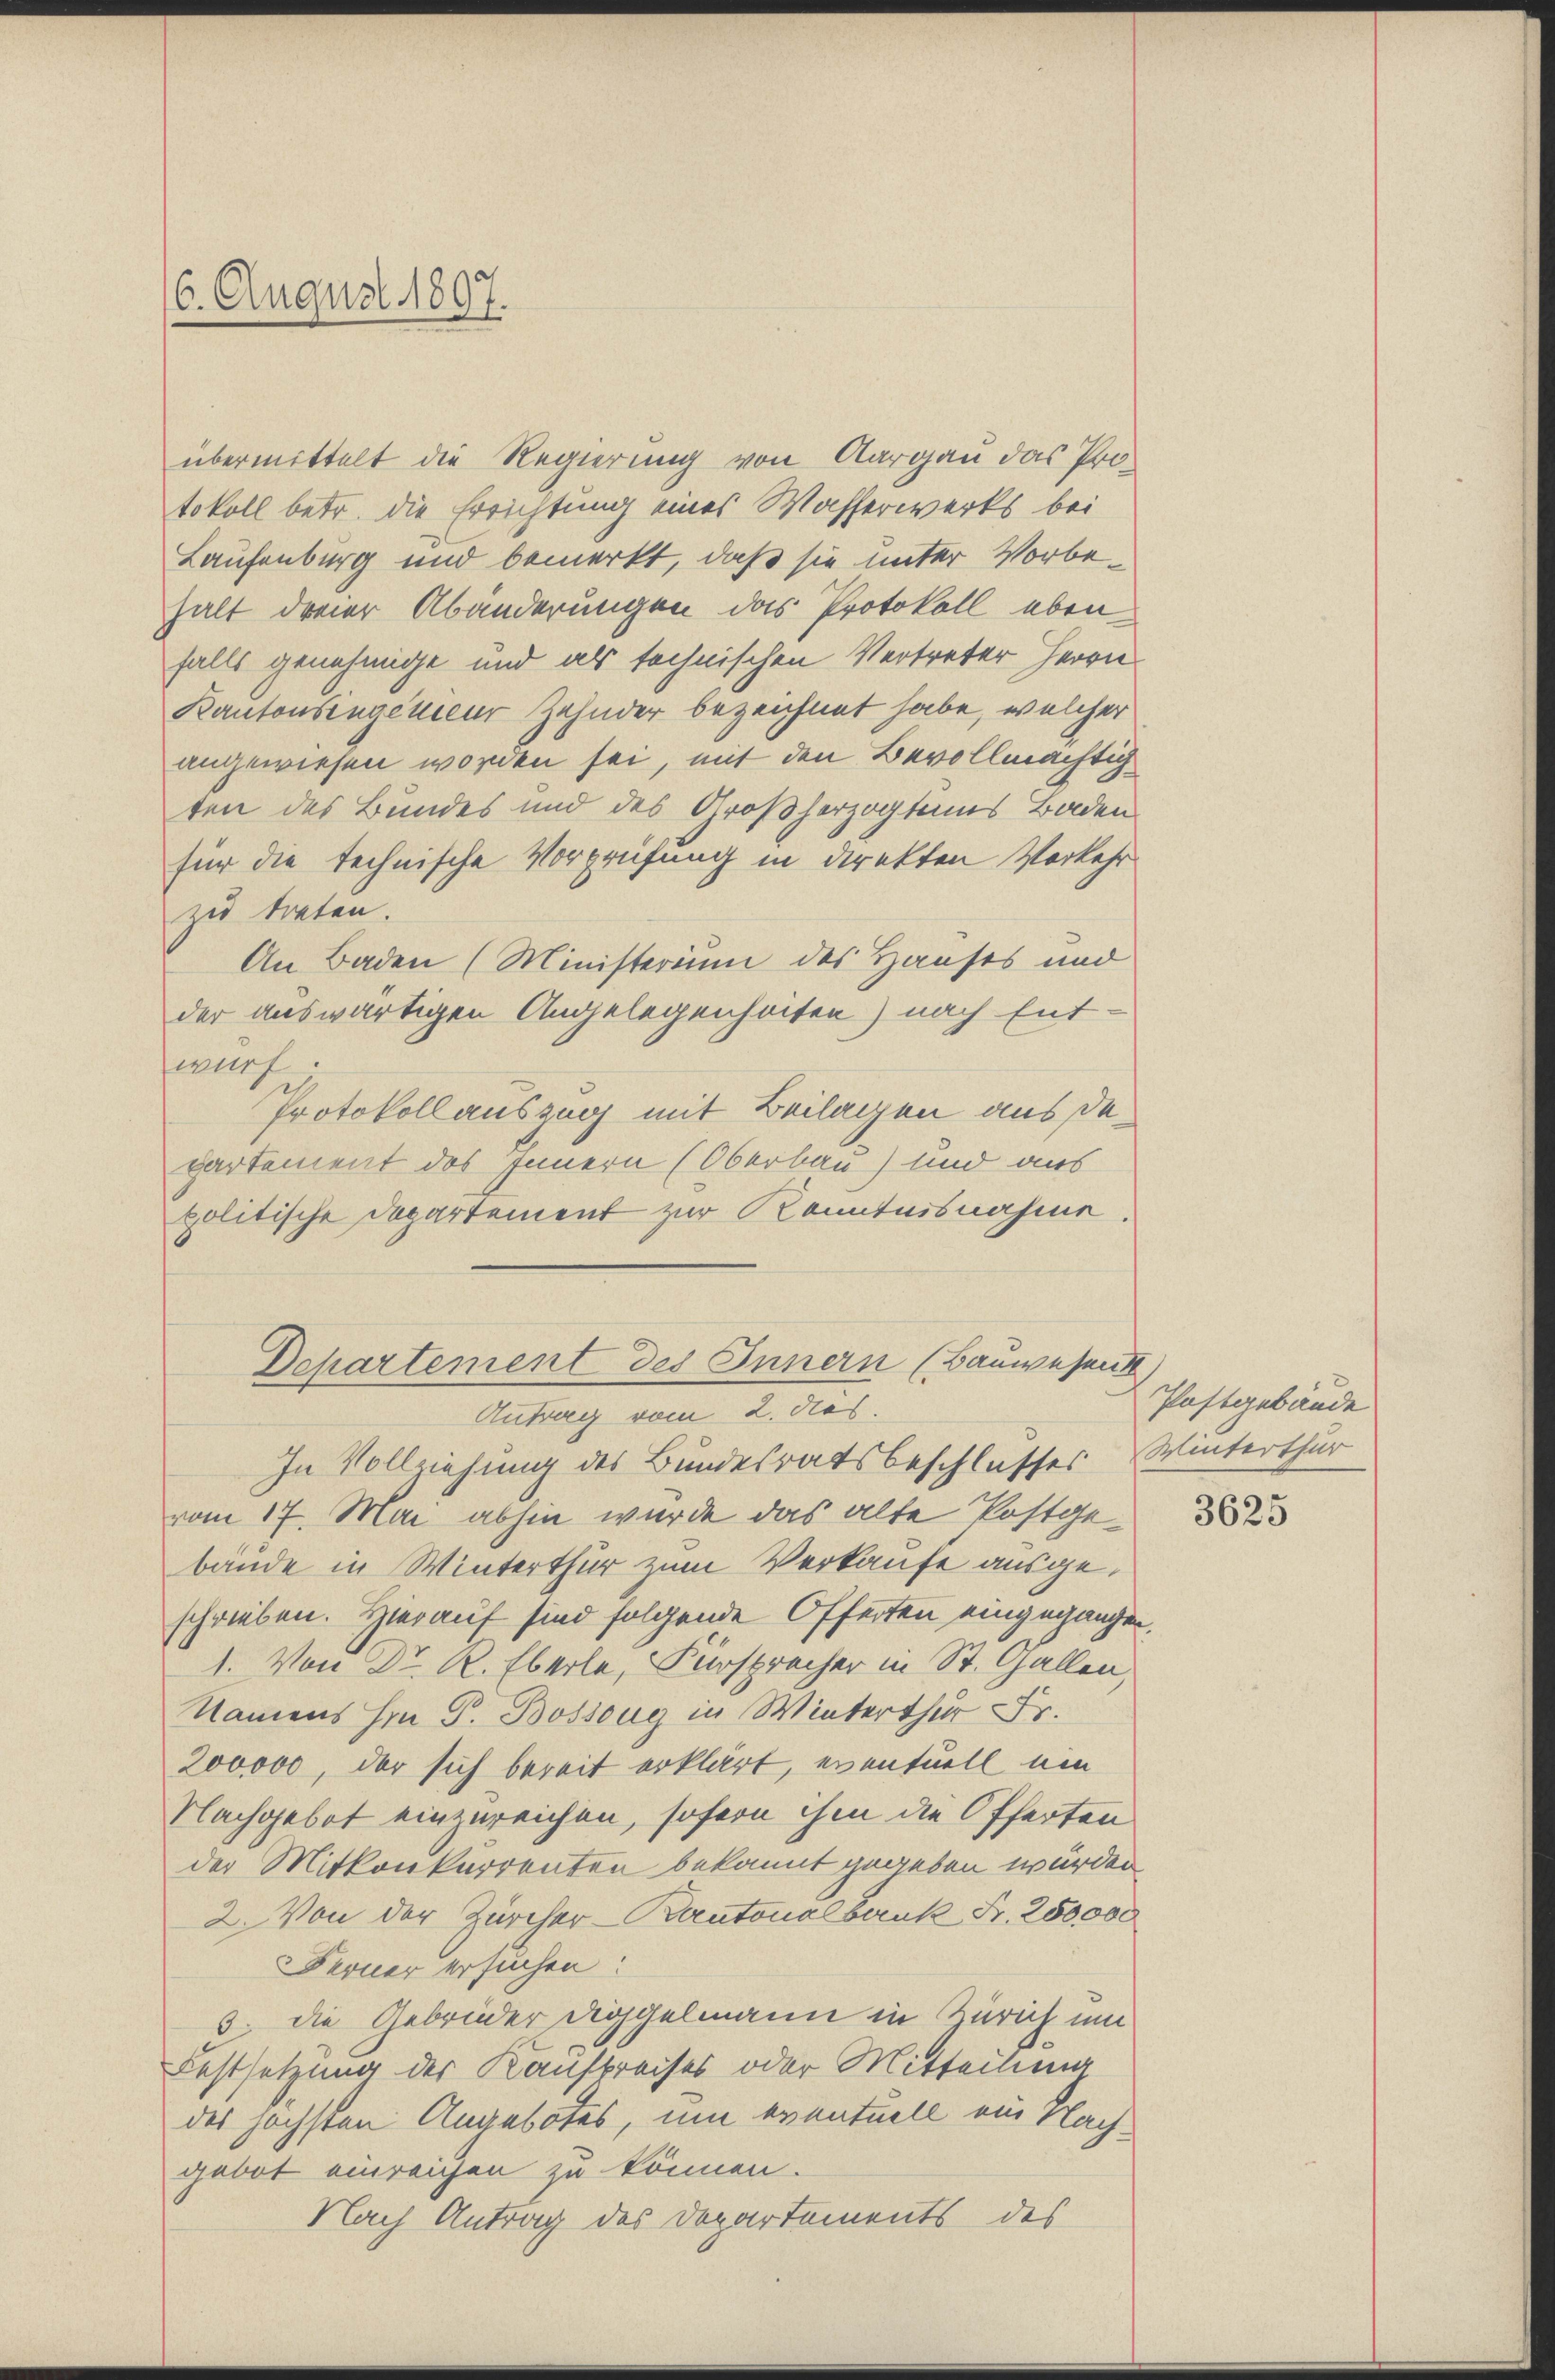
6. August 1897.

übermittelt die Regierung von Aargau das Protokoll betr. die Errichtung eines Wafferwerks bei
Laufenburg und bemerkt, daß sie unter Vorbehalt dreier Abänderungen das Protokoll ebenfalls genehmige und als technischen Vertreter Herrn
Kantonsengenieur Zehnder bezeichnet habe, welcher
angewiesen worden sei, mit den Bevollmächtig
ten des Bundes und des Großherzogtunus Badenfür die technische Vorprüfung in direkten Vorkehr
zu treten.
An Baden (Ministerium des Hauses und
der auswärtigen Angelegenheiten) nach Ent
wurf.
Protokollauszug mit Beilagen aus departement des Innern (Oberbau) und aus
politische Departement zur Kenntnisnahme
Departement des Innern (Bauwesen
Antrag vom 2. dies.
In Vollziehung des Bundesratsbeschlusses Winterthur
vom 17. Mai abhin wurde das alte Postgebande in Winterthur zum Verkaufe ausgeschrieben. Hierauf sind folgende Offerten eingegangen.
1. Von Dr. R. Eberle, Fürspracher in St. Gallen,
Namens hin P. Bossoug in Winterthur Fr.
200000, der sich bereit erklärt, eventuell um
Nachgebet einzureichen, sofern ihm die Offerten
der Mitkonkurrenten bekannt gegeben würden.
2. Von der Zürcher Kantonalbank Fr. 250,000
Ferner ersuchen:
3.) Die Gebrüder Diggelmann in Zürich und
Festsetzung der Kaufpreises oder Mitteilung
des höchsten Angebotes, um eventuell am Nachgebot einreichen zu können.
Nach Antrag des Departements des

Postgebäude

3625